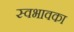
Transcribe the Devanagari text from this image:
स्वभावका